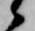
候